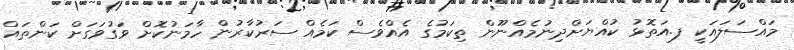
މައްސަލައަކީ ފ.އަތޮޅު ކުއްޔަށްދިނުމެއްނޫން ތިކަމުގެ އެއްވެސް ކަމެއް ސަރުކާރުން ހާމަނުކޮށް ވަގުވަގަށް ކަންތައް